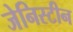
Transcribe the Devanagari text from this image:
जेनिस्टीन